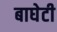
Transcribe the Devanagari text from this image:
बाघेटी